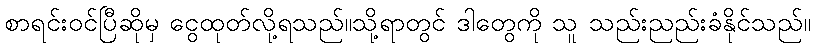
စာရင်းဝင်ပြီဆိုမှ ငွေထုတ်လို့ရသည်။သို့ရာတွင် ဒါတွေကို သူ သည်းညည်းခံနိုင်သည်။